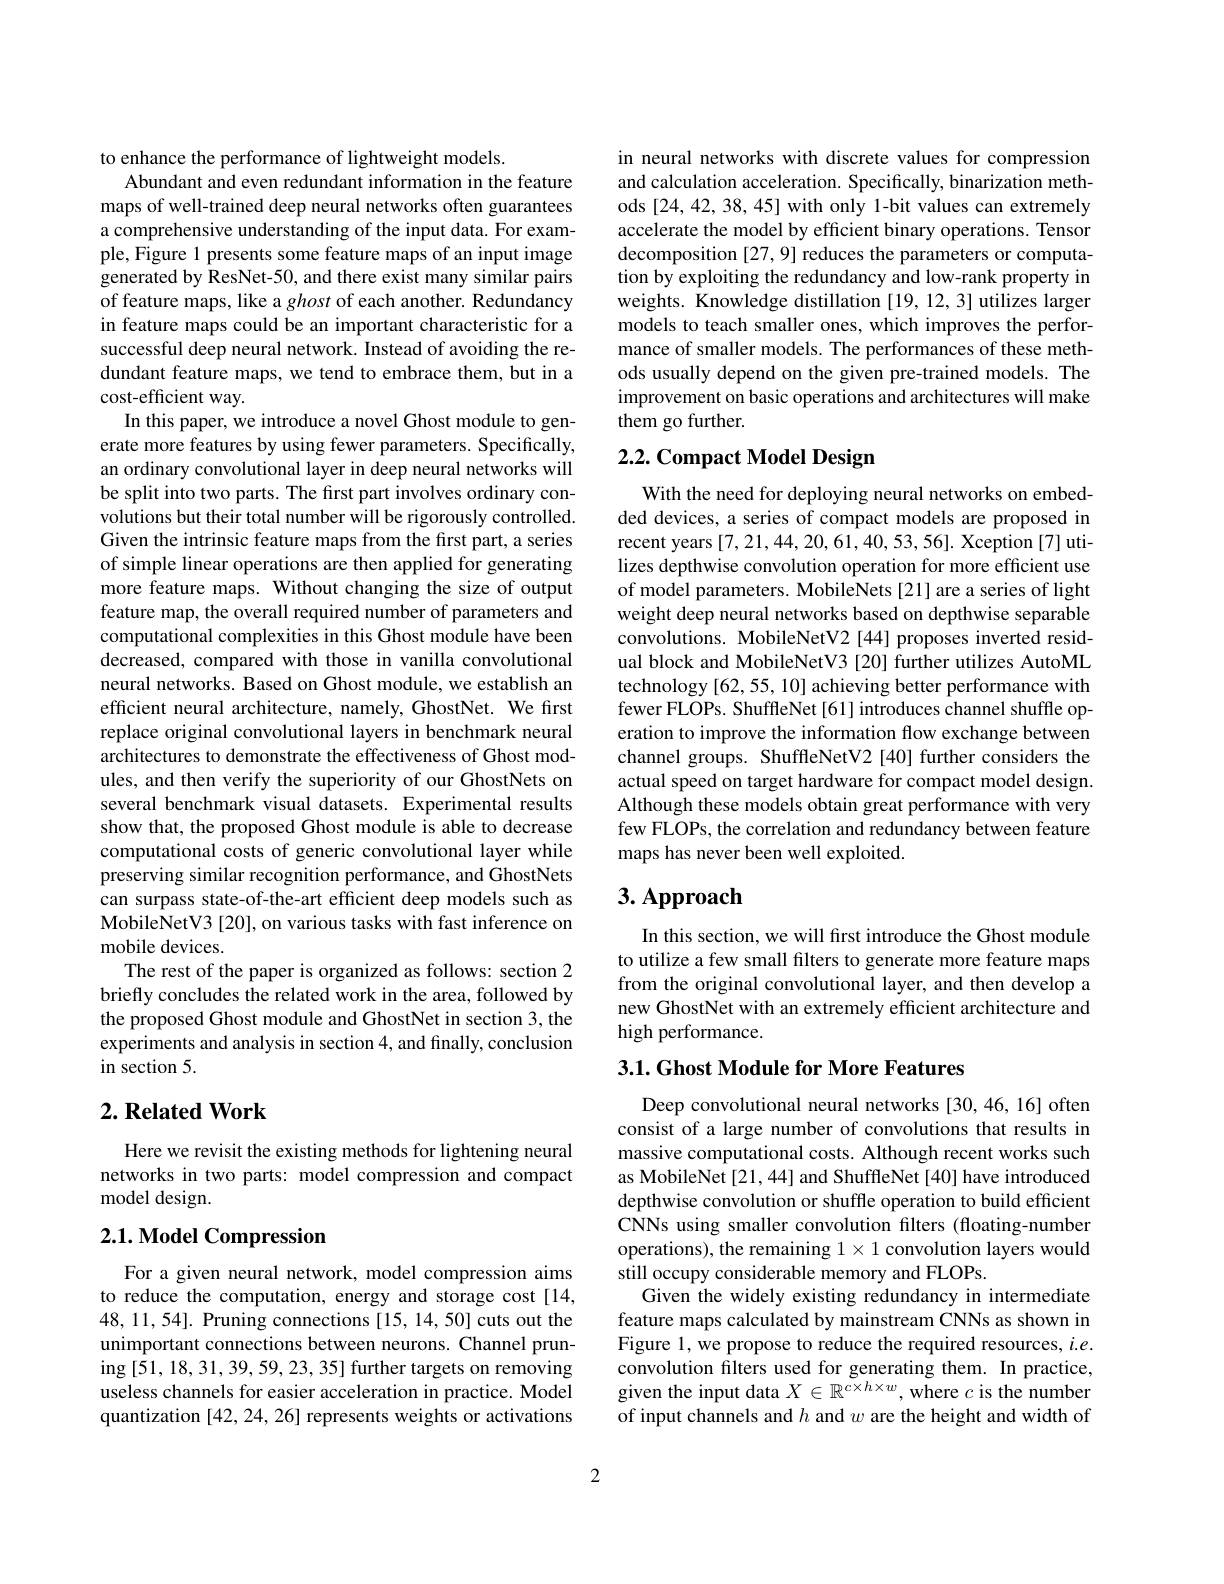
to enhance the performance of lightweight models.
Abundant and even redundant information in the feature maps of well-trained deep neural networks often guarantees a comprehensive understanding of the input data. For example, Figure 1 presents some feature maps of an input image generated by ResNet-50, and there exist many similar pairs of feature maps, like a ghost of each another. Redundancy in feature maps could be an important characteristic for a successful deep neural network. Instead of avoiding the redundant feature maps, we tend to embrace them, but in a cost-efficient way.
In this paper, we introduce a novel Ghost module to generate more features by using fewer parameters. Specifically, an ordinary convolutional layer in deep neural networks will be split into two parts. The first part involves ordinary convolutions but their total number will be rigorously controlled. Given the intrinsic feature maps from the first part, a series of simple linear operations are then applied for generating more feature maps. Without changing the size of output feature map, the overall required number of parameters and computational complexities in this Ghost module have been decreased, compared with those in vanilla convolutional neural networks. Based on Ghost module, we establish an efficient neural architecture, namely, GhostNet. We first replace original convolutional layers in benchmark neural architectures to demonstrate the effectiveness of Ghost modules, and then verify the superiority of our GhostNets on several benchmark visual datasets. Experimental results show that, the proposed Ghost module is able to decrease computational costs of generic convolutional layer while preserving similar recognition performance, and GhostNets can surpass state-of-the-art efficient deep models such as MobileNetV3 [20], on various tasks with fast inference on mobile devices.
The rest of the paper is organized as follows: section 2 briefly concludes the related work in the area, followed by the proposed Ghost module and GhostNet in section 3, the experiments and analysis in section 4, and finally, conclusion in section 5.

## $2. \textbf{ Related Work}$

Here we revisit the existing methods for lightening neural networks in two parts: model compression and compact model design.

## $2. 1. \textbf{Model Compression}$

For a given neural network, model compression aims to reduce the computation, energy and storage cost [14, 48,11,54]. Pruning connections [15,14,50] cuts out the unimportant connections between neurons. Channel pruning [51,18,31,39,59,23,35] further targets on removing useless channels for easier acceleration in practice. Model quantization [42, 24, 26] represents weights or activations

in neural networks with discrete values for compression and calculation acceleration. Specifically, binarization methods [24,42,38,45] with only 1-bit values can extremely accelerate the model by efficient binary operations. Tensor decomposition [27,9] reduces the parameters or computation by exploiting the redundancy and low-rank property in weights. Knowledge distillation [19,12,3] utilizes larger models to teach smaller ones, which improves the performance of smaller models. The performances of these methods usually depend on the given pre-trained models. The improvement on basic operations and architectures will make them go further.

# 2.2. Compact Model Design

With the need for deploying neural networks on embedded devices, a series of compact models are proposed in recent years [7,21,44,20,61,40,53,56]. Xception [7] utilizes depthwise convolution operation for more efficient use of model parameters. MobileNets [21] are a series of light weight deep neural networks based on depthwise separable convolutions. MobileNetV2[44] proposes inverted residual block and MobileNetV3 [20] further utilizes AutoML technology [62,55,10] achieving better performance with fewer FLOPs. ShuffleNet [61] introduces channel shuffle operation to improve the information flow exchange between channel groups. ShuffleNetV2 [40] further considers the actual speed on target hardware for compact model design Although these models obtain great performance with very few FLOPs, the correlation and redundancy between feature maps has never been well exploited.

# 3. Approach

In this section, we will first introduce the Ghost module to utilize a few small filters to generate more feature maps from the original convolutional layer, and then develop a new GhostNet with an extremely efficient architecture and high performance.

3.1. Ghost Module for More Features

Deep convolutional neural networks [30,46,16] often consist of a large number of convolutions that results in massive computational costs. Although recent works such as MobileNet [21, 44] and ShuffleNet [40] have introduced depthwise convolution or shuffle operation to build efficient CNNs using smaller convolution filters (floating-number operations), the remaining $1\times1$ convolution layers would still occupy considerable memory and FLOPs.
Given the widely existing redundancy in intermediate feature maps calculated by mainstream CNNs as shown in Figure 1, we propose to reduce the required resources, $i.e.$ convolution filters used for generating them. In practice, given the input data $X\in\mathbb{R}^{c\times h\times w}$, where $c$ is the number of input channels and $h$ and $w$ are the height and width of

2